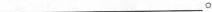
___。